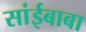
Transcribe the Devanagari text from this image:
सांईबाबा